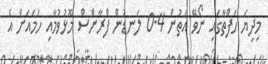
މިދިޔަ ހަފްތާގައި ނޯވޭ އަތުން 4-0 ލަނޑުން ފްރާންސް މޮޅުވުމާއި ހަމައަށް އެ